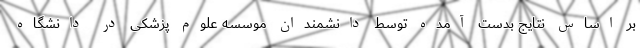
بر اساس نتایج بدست آمده توسط دانشمندان موسسه علوم پزشکی در دانشگاه